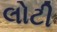
લોટી